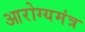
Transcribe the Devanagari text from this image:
आरोग्यमंत्र